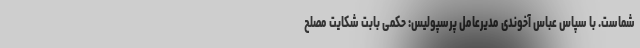
شماست. با سپاس عباس آخوندی مدیرعامل پرسپولیس: حکمی بابت شکایت مصلح